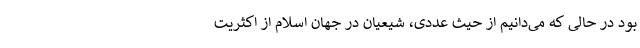
بود در حالی که می‌دانیم از حیث عددی، شیعیان در جهان اسلام از اکثریت